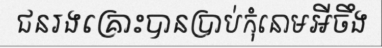
ជនរងគ្រោះបានប្រាប់កុំនោមអីចឹង